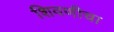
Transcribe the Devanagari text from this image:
शिवणीचा